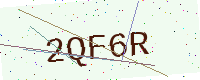
Text: 2QF6R